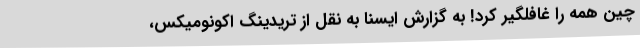
چین همه را غافلگیر کرد! به گزارش ایسنا به نقل از تریدینگ اکونومیکس،